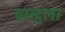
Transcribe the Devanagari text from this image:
बास्टुला